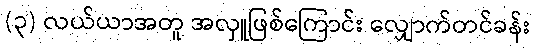
(၃) လယ်ယာအတူ အလှူဖြစ်ကြောင်း လျှောက်တင်ခန်း